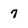
Character: 7